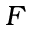
F